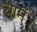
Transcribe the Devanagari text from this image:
चामं।